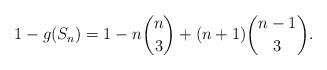
LaTeX: \begin{align*}1-g(S_n)= 1-n\binom{n}{3} + (n+1) \binom{n-1}{3}.\end{align*}